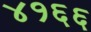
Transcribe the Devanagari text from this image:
४१६६